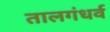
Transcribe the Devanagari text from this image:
तालगंधर्व